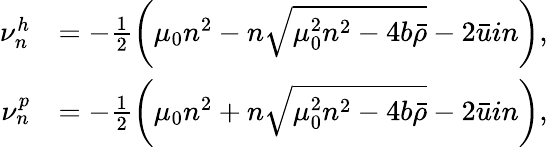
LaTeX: \begin{array}{rl}{\nu_{n}^{h}}&{=-\frac{1}{2}\left(\mu_{0}n^{2}-n\sqrt{\mu_{0}^{2}n^{2}-4b\bar{\rho}}-2\bar{u}in\right),}\\ {\nu_{n}^{p}}&{=-\frac{1}{2}\left(\mu_{0}n^{2}+n\sqrt{\mu_{0}^{2}n^{2}-4b\bar{\rho}}-2\bar{u}in\right),}\end{array}